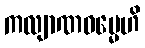
ကလျာဏဓမ္မေဟိ